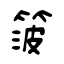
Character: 箥